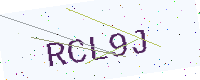
Text: RCL9J